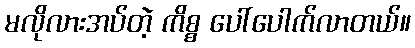
မလိုလားအပ်တဲ့ ကိစ္စ ပေါ်ပေါက်လာတယ်။